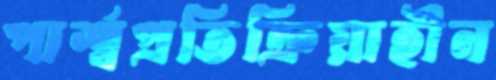
পার্শ্বপ্রতিক্রিয়াহীন